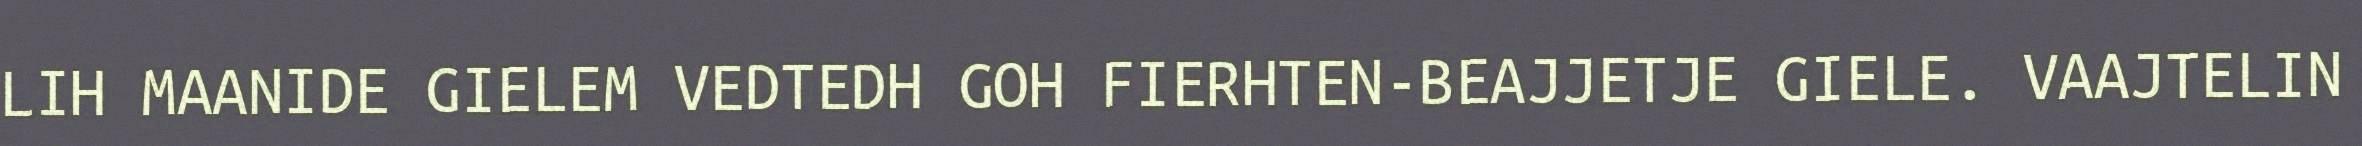
LIH MAANIDE GIELEM VEDTEDH GOH FIERHTEN-BEAJJETJE GIELE. VAAJTELIN